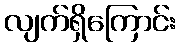
လျက်ရှိကြောင်း